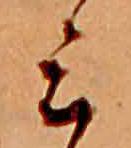
ミ